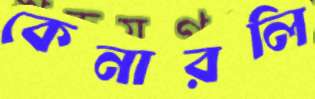
কেনারলি